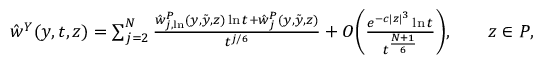
\begin{array} { r } { \hat { w } ^ { Y } ( y , t , z ) = \sum _ { j = 2 } ^ { N } \frac { \hat { w } _ { j , \ln } ^ { P } ( y , \tilde { y } , z ) \ln { t } + \hat { w } _ { j } ^ { P } ( y , \tilde { y } , z ) } { t ^ { j / 6 } } + O \bigg ( \frac { e ^ { - c | z | ^ { 3 } } \ln { t } } { t ^ { \frac { N + 1 } { 6 } } } \bigg ) , \qquad z \in P , } \end{array}